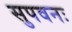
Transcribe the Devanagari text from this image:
सुपवनः